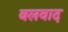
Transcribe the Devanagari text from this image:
बलवाद